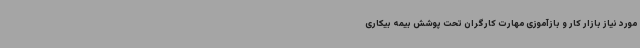
مورد نیاز بازار کار و بازآموزی مهارت کارگران تحت پوشش بیمه بیکاری